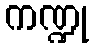
ကဏ္ဍု